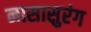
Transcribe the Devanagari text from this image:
नासासुरंग